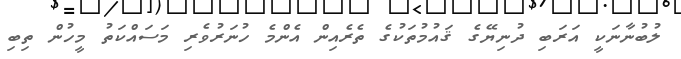
ލުބުނާނަކީ އަރަބި ދުނިޔޭގެ ޤައުމުތަކުގެ ތެރެއިން އެންމެ ހުނަރުވެރި މަސައްކަތު މީހުން ތިބި